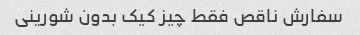
سفارش ناقص فقط چیز کیک بدون شورینی